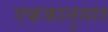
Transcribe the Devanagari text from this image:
एककानुसार